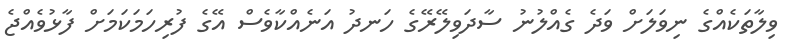
ވިލާތަކެއްގެ ނިވަލަށް ވަދެ ގެއްލުނު ސާދަވިލޭރޭގެ ހަނދު އަނެއްކާވެސް އޭގެ ފުރިހަމަކަމަށް ފާޅުވެއްޖެ